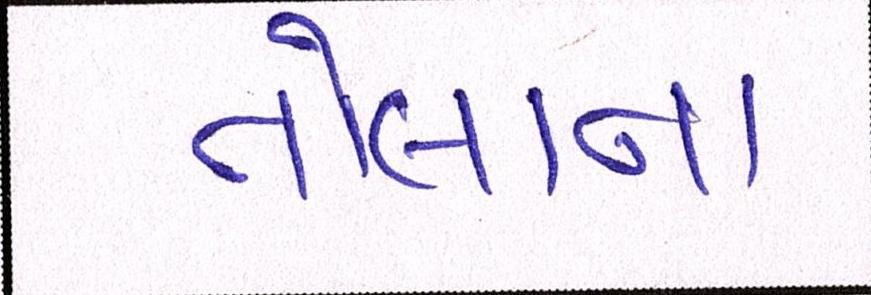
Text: તોલાના